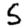
Digit: 5